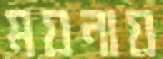
ময়নায়